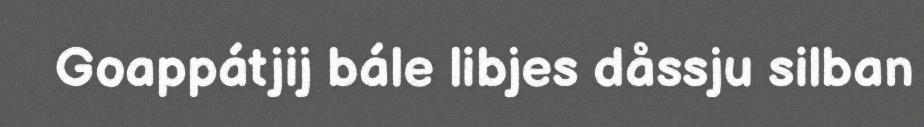
Goappátjij bále libjes dåssju silban